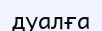
дуалға